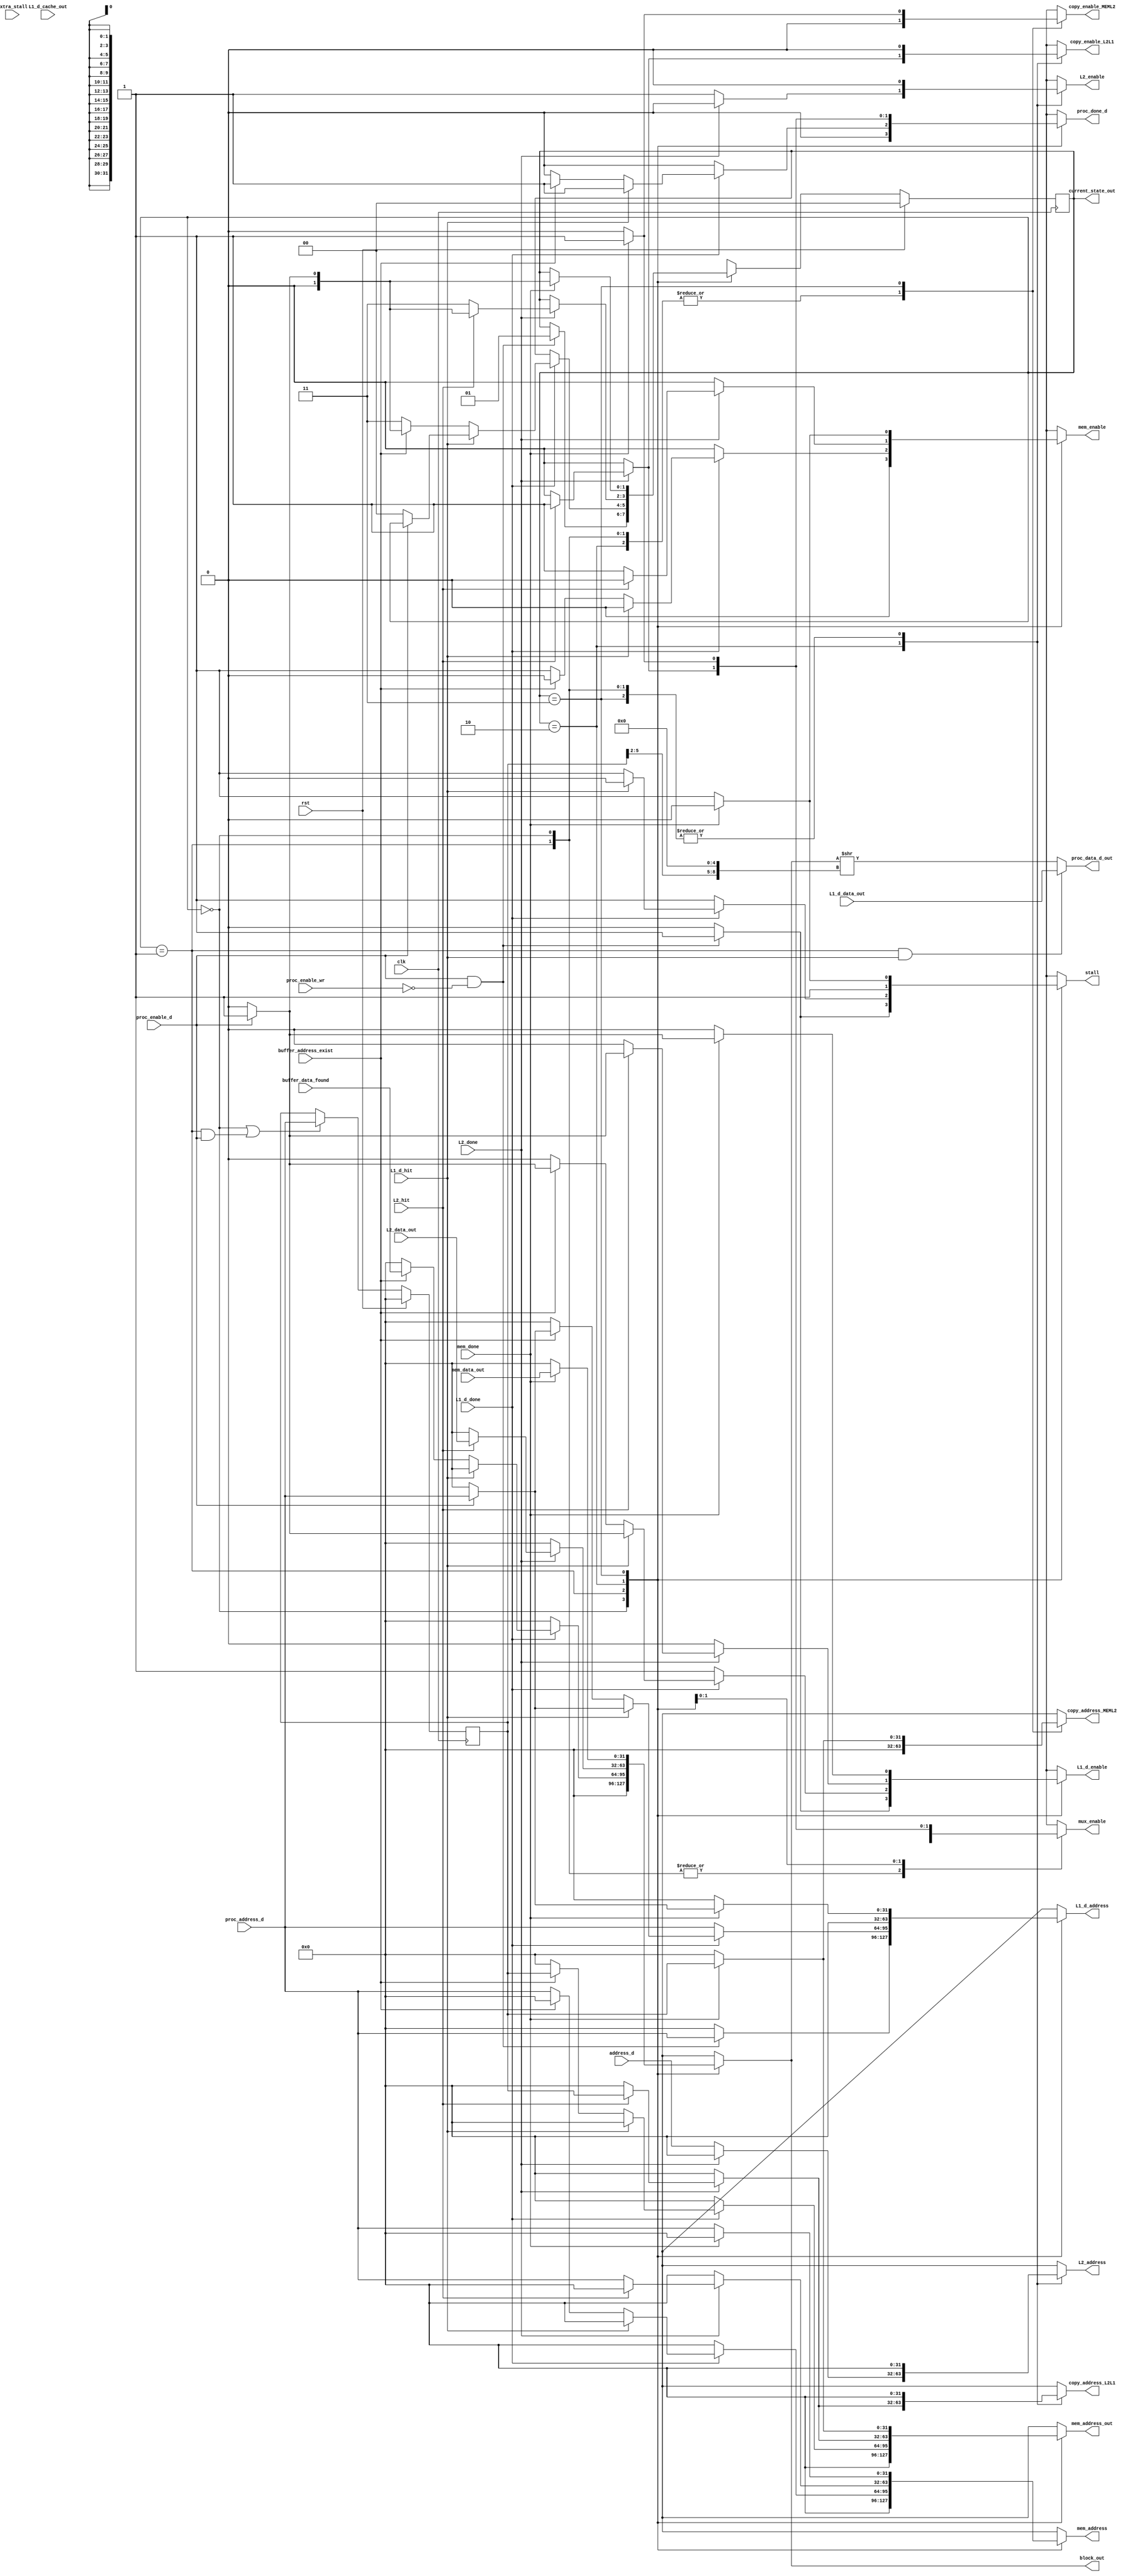
`timescale 1ns/10ps

module reading_fsm
#(  parameter ADDRESS_WIDTH = 32,
    parameter DATA_WIDTH = 32,
    parameter BLOCK_WIDTH = 32, 
    parameter DATA_WIDTH_log = 5,
    parameter BLOCK_WORD_NUMBER_log = 4,
    parameter DATA_NUMBER_BYTES_log=2 )
(

input clk, rst,
    
input [ADDRESS_WIDTH-1:0] address_d,

output [1:0] current_state_out,

//PROC 
input proc_enable_d,                    //SIG
input proc_enable_wr,
input [ADDRESS_WIDTH-1:0] proc_address_d,

output reg proc_done_d,                      //SIG
output [DATA_WIDTH-1:0] proc_data_d_out,     //DATA


//L1 CACHE
input L1_d_hit, L1_d_done, L1_d_cache_out,              //SIG
input [DATA_WIDTH-1:0] L1_d_data_out, // DATA

output reg L1_d_enable,                     //SIG
output reg [ADDRESS_WIDTH-1:0] L1_d_address,

//L2 CACHE
input L2_hit, L2_done,                  //SIG
input [BLOCK_WIDTH-1:0] L2_data_out,


output reg L2_enable,                       //SIG
output reg [ADDRESS_WIDTH-1:0]  L2_address,

//MEM
input mem_done,                         //SIG
input[BLOCK_WIDTH-1:0]  mem_data_out,   //DATA               

output reg mem_enable,                      //SIG
output reg [ADDRESS_WIDTH-1:0] mem_address, //DATA

//COPYING CONTROL
output reg copy_enable_L2L1, copy_enable_MEML2,
output reg [ADDRESS_WIDTH-1:0] copy_address_L2L1, copy_address_MEML2,

//MUX CONTROL
output reg mux_enable,
output reg [BLOCK_WIDTH-1:0] block_out,
output reg [ADDRESS_WIDTH-1:0] mem_address_out,
//BUFFER SIGS
input buffer_address_exist,
input [BLOCK_WIDTH-1:0] buffer_data_found,

output reg stall,
input extra_stall
//saving reg
);
reg [ADDRESS_WIDTH-1:0] prev_address;
reg [ADDRESS_WIDTH-1:0] L1_d__address;



//all the states
parameter   STATE_idle          =   2'b00,
            STATE_reading_L1    =   2'b01,
            STATE_reading_L2    =   2'b10,
            STATE_reading_mem   =   2'b11;

//state regs
reg [1:0]   current_state;
reg [1:0]   next_state;

assign current_state_out = current_state;
reg stall_reg, stall_reg2;
//Sequential Block of the FSM
always @(posedge clk) begin
    if (rst) begin
        current_state <= STATE_idle;
        prev_address <= {ADDRESS_WIDTH{1'b0}};
        stall_reg <= 1'b0;
        stall_reg2 <= 1'b0;
    end
    else begin
        if (((current_state == STATE_idle) || (current_state == STATE_reading_L1) & proc_enable_d)) begin
            prev_address <= proc_address_d;
        end
        stall_reg2 <= stall;
        stall_reg2 <= stall_reg;
        current_state <= next_state;
    end
end

wire [BLOCK_WIDTH-1:0] shifted_data;
assign shifted_data = block_out >> ({{DATA_WIDTH_log+1{1'b0}}, prev_address[BLOCK_WORD_NUMBER_log+DATA_NUMBER_BYTES_log-1:DATA_NUMBER_BYTES_log ]}<<DATA_WIDTH_log);
assign proc_data_d_out = ((current_state == STATE_reading_L1 & L1_d_hit)) ?L1_d_data_out: shifted_data[DATA_WIDTH-1:0];

//assign proc_data_d_out = (block_out>>{prev_address[ADDRESS_WIDTH-1:2], 2'b00})[DATA_WIDTH-1:0];
//Asynchronous Block
always @(*) begin
    
    next_state = current_state;
    
    //DEFAULT VALUES
    //PROC
    proc_done_d = 1'b0;     
    
    //L1
    L1_d_enable = 1'b0;
    L1_d_address = {ADDRESS_WIDTH{1'b0}};
    //L2
    L2_enable = 1'b0;
    L2_address = {ADDRESS_WIDTH{1'b0}};
    //MEM
    mem_enable = 1'b0;
    mem_address = {ADDRESS_WIDTH{1'b0}};
    //COPIER
    copy_enable_L2L1 = 1'b0;
    copy_enable_MEML2 = 1'b0;
    copy_address_L2L1 = {ADDRESS_WIDTH{1'b0}};
    copy_address_MEML2 = {ADDRESS_WIDTH{1'b0}};
    //MUX
    mux_enable = 1'b0;
    mem_address_out = {ADDRESS_WIDTH{1'b0}};
    block_out = {BLOCK_WIDTH{1'b0}};
    stall = 1'b1;

    case (current_state)
        STATE_idle: begin
            stall = 1'b0;
            if (proc_enable_d & ~proc_enable_wr) begin
                L1_d_enable = 1'b1;
                L1_d_address = proc_address_d;
                next_state = STATE_reading_L1;
                stall =1'b1;
            end
           

        end
        
        
        STATE_reading_L1: begin
            if (~L1_d_done) begin
                L1_d_enable = 1'b1;
                L1_d_address = proc_address_d;
                stall = 1'b1;
            end
            else begin
                if(L1_d_hit) begin
                    stall = 1'b0;
                    proc_done_d = 1'b1;
                     
                    if (~proc_enable_d) begin   
                        next_state = STATE_idle;
                    end
                    else begin
                        L1_d_enable = 1'b1;
                        L1_d_address = proc_address_d; 
                    end
                    
                end
                else if (buffer_address_exist) begin
                    mem_address_out = prev_address;
                    block_out = buffer_data_found;
                    proc_done_d = 1'b1;

                    if (proc_enable_d) begin
                        L1_d_enable = 1'b1;
                        L1_d_address = proc_address_d;
                        next_state = STATE_reading_L1;
                    end
                    else begin
                        next_state = STATE_idle;
                        L1_d_enable = 1'b0;
                    end

                end
                else begin
                    /*L2_enable = 1'b1;
                    L2_address = address_d;
                    prev_address = address_d;
                    next_state = STATE_reading_L2; */

                    mem_address = proc_address_d; // modification to skip L2
                    mem_enable = 1'b1;
                    next_state = STATE_reading_mem;
                end
        
            end
        end
        
        
        STATE_reading_L2: begin
            if (~L2_done) begin
                L2_enable = 1'b1;
                L2_address = address_d;
                L1_d_enable = 1'b0;
            end
            else begin
                if (L2_hit)begin
                    // stall = 1'b0;
                    proc_done_d = 1'b1;
                    mux_enable = 1'b1;
                    mem_address_out = prev_address;
                    block_out = L2_data_out;
                    
                    copy_enable_L2L1 = 1'b1;
                    copy_address_L2L1 = prev_address;

                    if (~proc_enable_d) begin
                        next_state = STATE_idle; 
                        L1_d_enable = 1'b0;
                    end
                    else begin
                        L1_d_enable = 1'b1;
                        L1_d__address = proc_address_d;
                        next_state = STATE_reading_L1;
                    end


                end
                else begin
                    mem_address = proc_address_d;
                    mem_enable = 1'b1;
                    next_state = STATE_reading_mem;
                    L1_d_enable = 1'b0;

                end
            end

        end

        STATE_reading_mem: begin
            if (~mem_done) begin
                L1_d_enable = 1'b0;
                mem_address = proc_address_d;
                mem_enable = 1'b1;
            end
            else begin
                mem_enable = 1'b0;
                proc_done_d = 1'b1;
                mux_enable = 1'b1;
                mem_address_out = prev_address;
                block_out = mem_data_out;
                stall = 1'b0;
                copy_enable_MEML2 = 1'b1;
                copy_address_MEML2 = prev_address;
                
                
                if (proc_enable_d) begin
                    L1_d_enable = 1'b1;
                    L1_d_address = proc_address_d;
                    next_state = STATE_reading_L1;
                end
                else begin
                    next_state = STATE_idle;
                    L1_d_enable = 1'b0;
                end

            end
        end

    
    endcase
  
end

endmodule